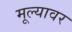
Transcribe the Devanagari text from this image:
मूल्यावर